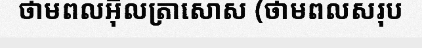
ថាមពលអ៊ុលត្រាសោស (ថាមពលសរុប